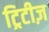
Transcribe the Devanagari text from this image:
ट्रिटीज़